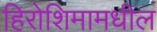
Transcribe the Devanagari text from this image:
हिरोशिमामधील